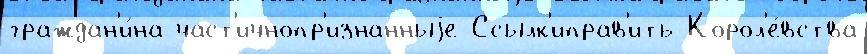
граждан'и́на част'ичнопр'изнанныjе Ссылк'иправ'ить Корол'е́вства